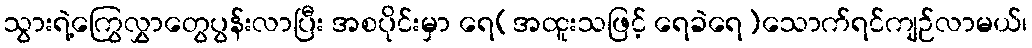
သွားရဲ့ကြွေလွှာတွေပွန်းလာပြီး အစပိုင်းမှာ ရေ(အထူးသဖြင့် ရေခဲရေ)သောက်ရင်ကျဉ်လာမယ်၊